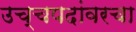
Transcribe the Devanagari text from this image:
उच्चपदांवरचा